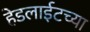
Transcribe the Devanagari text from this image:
हेडलाईटच्या